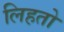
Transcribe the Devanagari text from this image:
लिहतो